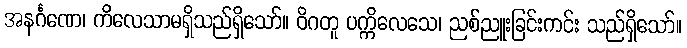
အနင်္ဂဏေ၊ ကိလေသာမရှိသည်ရှိသော်။ ဝိဂတူ ပက္ကိလေသေ၊ ညစ်ညူးခြင်းကင်း သည်ရှိသော်။